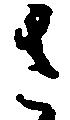
さ